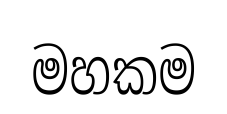
මහකම